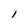
Character: 1